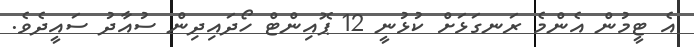
އެ ޓީމުން އެންމެ ރަނގަޅަށް ކުޅުނީ 12 ޕޮއިންޓް ހޯދައިދިން ސުއާދު ސައީދެވެ.